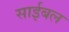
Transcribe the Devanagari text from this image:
साईबल